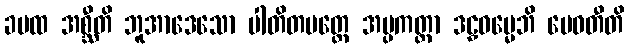
ခမထ အစ္ဆီတိ ဘူအာဒေသော ပါတိတမတ္တေ အပ္ပကတ္တာ ဒဠှဓမ္မေဘိ မေဓတီတိ